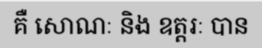
គឺ សោណៈ និង ឧត្តរៈ បាន